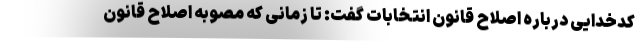
کدخدایی درباره اصلاح قانون انتخابات گفت: تا زمانی که مصوبه اصلاح قانون